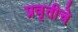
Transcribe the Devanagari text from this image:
प्रवृतीचे